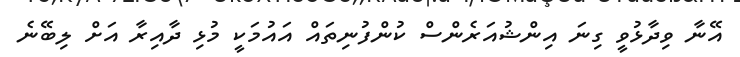
އޭނާ ވިދާޅުވީ ގިނަ އިންޝުއަރެންސް ކުންފުނިތައް އައުމަކީ މުޅި ދާއިރާ އަށް ލިބޭނެ